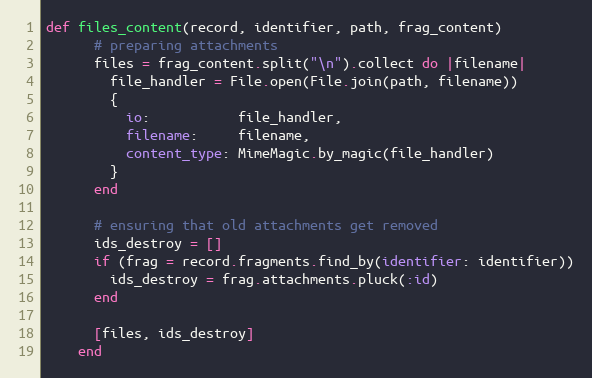
Language: Ruby
def files_content(record, identifier, path, frag_content)
      # preparing attachments
      files = frag_content.split("\n").collect do |filename|
        file_handler = File.open(File.join(path, filename))
        {
          io:           file_handler,
          filename:     filename,
          content_type: MimeMagic.by_magic(file_handler)
        }
      end

      # ensuring that old attachments get removed
      ids_destroy = []
      if (frag = record.fragments.find_by(identifier: identifier))
        ids_destroy = frag.attachments.pluck(:id)
      end

      [files, ids_destroy]
    end